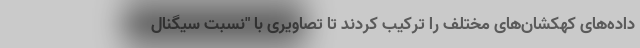
داده‌های کهکشان‌های مختلف را ترکیب کردند تا تصاویری با "نسبت سیگنال